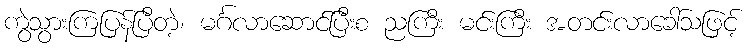
ကွဲသွားကြပြန်ပြီတဲ့၊ မင်္ဂလာဆောင်ပြီးစ ညကြီး မင်းကြီး အတင်းလာခေါ်သဖြင့်